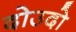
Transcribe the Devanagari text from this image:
दोउदो